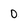
Character: 0